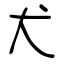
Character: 犬